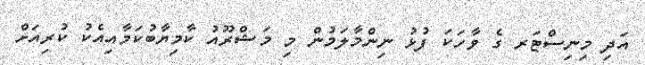
އަދި މިނިސްޓަރ ގެ ވާހަކަ ފުޅު ނިންމާލަމުން މި މަޝްރޫއު ކާމިޔާބުކަމާއިއެކު ކުރިއަށް